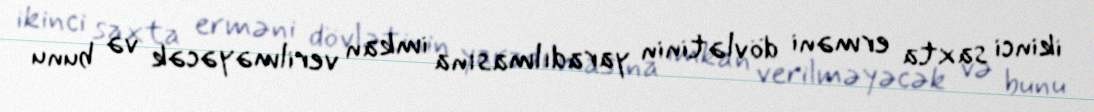
ikinci saxta erməni dövlətinin yaradılmasına imkan verilməyəcək və bunu